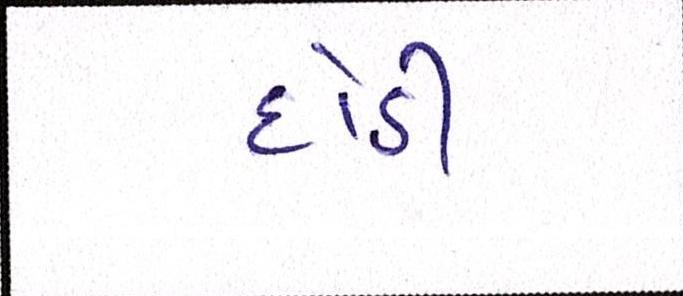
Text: દોડી